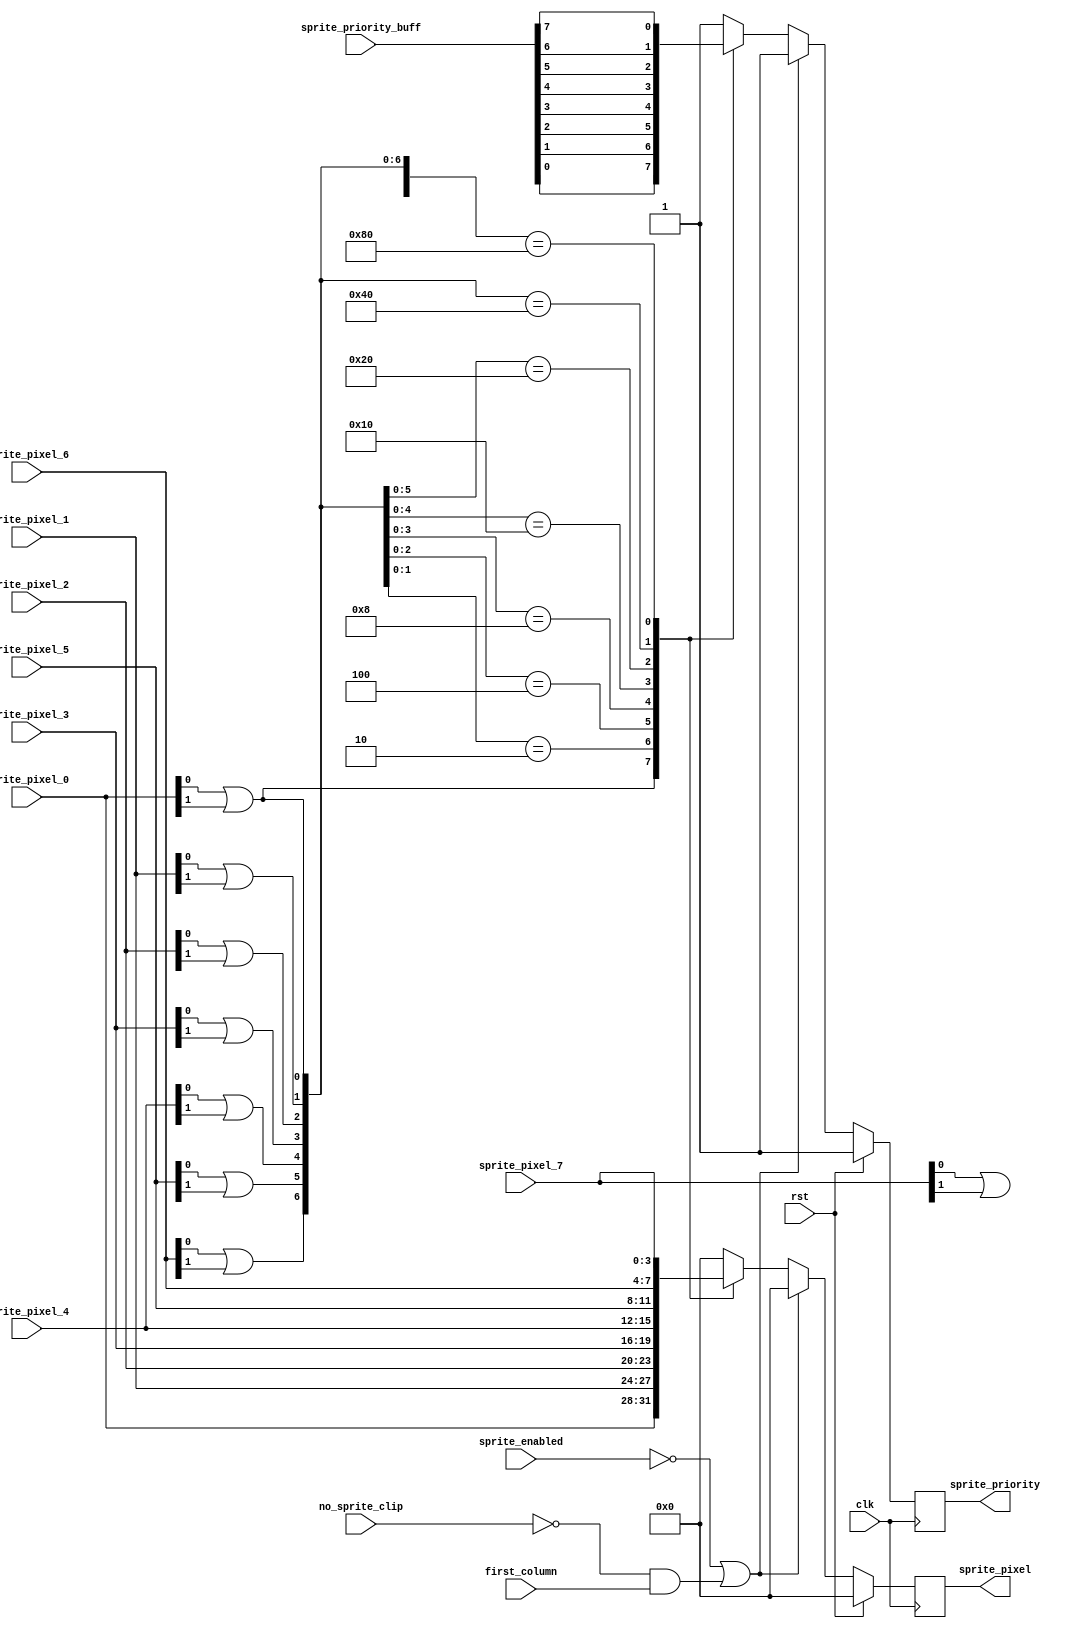
`timescale 1ns / 1ps
//////////////////////////////////////////////////////////////////////////////////
// Company: 
// Engineer: 
// 
// Design Name: 
// Module Name:    sprite_mux 
// Project Name: 
// Target Devices: 
// Tool versions: 
// Description: 
//
// Dependencies: 
//
// Revision: 
// Revision 0.01 - File Created
// Additional Comments: 
//
//////////////////////////////////////////////////////////////////////////////////
module sprite_mux(
    //Clock and reset
    input wire clk,
    input wire rst,

    //input controll signals
    input wire sprite_enabled,
    input wire no_sprite_clip, // 1 we see the pixels
    input wire first_column, //first background

    //data input
    //input wire [3:0] sprite_buff_pixel [7:0],
    input wire [3:0] sprite_pixel_0,
    input wire [3:0] sprite_pixel_1,
    input wire [3:0] sprite_pixel_2,
    input wire [3:0] sprite_pixel_3,
    input wire [3:0] sprite_pixel_4,
    input wire [3:0] sprite_pixel_5,
    input wire [3:0] sprite_pixel_6,
    input wire [3:0] sprite_pixel_7,
    input wire [7:0] sprite_priority_buff,

    //data outputs
    output reg [3:0] sprite_pixel,
    output reg       sprite_priority
    );
/*
wire [7:0] sprite_sel = {(|sprite_pixel_7[1:0]), 
                         (|sprite_pixel_6[1:0]),
                         (|sprite_pixel_5[1:0]),
                         (|sprite_pixel_4[1:0]),
                         (|sprite_pixel_3[1:0]),
                         (|sprite_pixel_2[1:0]),
                         (|sprite_pixel_1[1:0]),
                         (|sprite_pixel_0[1:0])};
*/
wire [7:0] sprite_sel = {(sprite_pixel_7[0] | sprite_pixel_7[1]), 
                         (sprite_pixel_6[0] | sprite_pixel_6[1]),
                         (sprite_pixel_5[0] | sprite_pixel_5[1]),
                         (sprite_pixel_4[0] | sprite_pixel_4[1]),
                         (sprite_pixel_3[0] | sprite_pixel_3[1]),
                         (sprite_pixel_2[0] | sprite_pixel_2[1]),
                         (sprite_pixel_1[0] | sprite_pixel_1[1]),
                         (sprite_pixel_0[0] | sprite_pixel_0[1])};

always @(posedge clk) 
begin
    if (rst)
        sprite_pixel <= 4'b0000;
    else
        if (~sprite_enabled | (~no_sprite_clip && first_column) )
            sprite_pixel <= 4'b0000;
        else
            casex (sprite_sel)
                8'bxxxxxxx1: sprite_pixel <= sprite_pixel_0;
                8'bxxxxxx10: sprite_pixel <= sprite_pixel_1;
                8'bxxxxx100: sprite_pixel <= sprite_pixel_2;
                8'bxxxx1000: sprite_pixel <= sprite_pixel_3;
                8'bxxx10000: sprite_pixel <= sprite_pixel_4;
                8'bxx100000: sprite_pixel <= sprite_pixel_5;
                8'bx1000000: sprite_pixel <= sprite_pixel_6;
                8'b10000000: sprite_pixel <= sprite_pixel_7; 
                default: sprite_pixel <= 4'b0000;
            endcase    
end

always @(posedge clk) 
begin
    if (rst)
        sprite_priority <= 1'b1;
    else
        if (~sprite_enabled | (~no_sprite_clip && first_column) )
            sprite_priority <= 1'b1;
        else
            casex (sprite_sel)
                8'bxxxxxxx1: sprite_priority <= sprite_priority_buff[0];
                8'bxxxxxx10: sprite_priority <= sprite_priority_buff[1];
                8'bxxxxx100: sprite_priority <= sprite_priority_buff[2];
                8'bxxxx1000: sprite_priority <= sprite_priority_buff[3];
                8'bxxx10000: sprite_priority <= sprite_priority_buff[4];
                8'bxx100000: sprite_priority <= sprite_priority_buff[5];
                8'bx1000000: sprite_priority <= sprite_priority_buff[6];
                8'b10000000: sprite_priority <= sprite_priority_buff[7]; 
                default: sprite_priority <= 1'b1; // back ground is rendered in the front
            endcase
end

endmodule